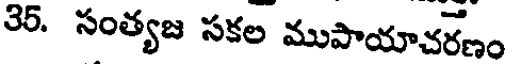
35. సంత్యజ సకల ముపాయాచరణం